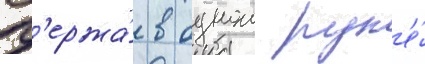
Д'ержа́ в однои рук'е́